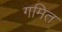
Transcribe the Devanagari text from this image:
गमित